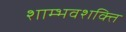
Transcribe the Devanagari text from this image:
शाम्भवशक्ति